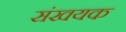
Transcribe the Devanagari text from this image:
संखयक